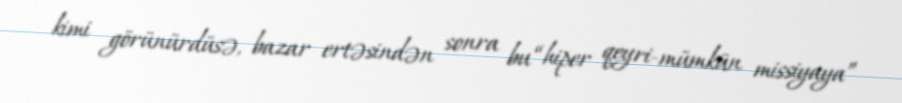
kimi görünürdüsə, bazar ertəsindən sonra bu “hiper qeyri-mümkün missiyaya”